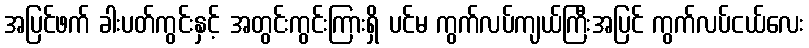
အပြင်ဖက် ခါးပတ်ကွင်းနှင့် အတွင်းကွင်းကြားရှိ ပင်မ ကွက်လပ်ကျယ်ကြီးအပြင် ကွက်လပ်ငယ်လေး